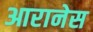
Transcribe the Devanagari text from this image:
आरानेस